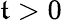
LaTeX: \mathfrak{t}>0